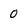
Character: 0